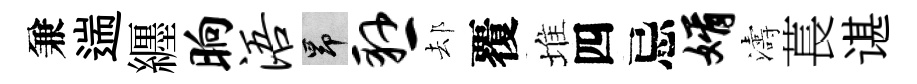
兼遄纒晌浯昂悬𨚫覆堆四忌婿濤萇谌